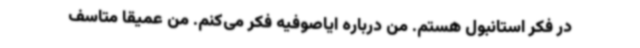
در فکر استانبول هستم. من درباره ایاصوفیه فکر می‌کنم. من عمیقا متاسف